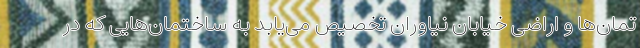
تمان‌ها و اراضی خیابان نیاوران تخصیص می‌یابد به ساختمان‌هایی که در